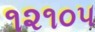
૧૨૧૦૫